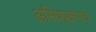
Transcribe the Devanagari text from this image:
अस्थिप्रक्षेपाचें